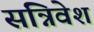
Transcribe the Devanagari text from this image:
संन्निवेश